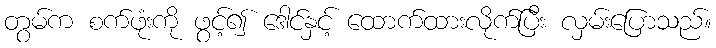
တွမ်က စက်ဖုံးကို ဖွင့်၍ ဒေါင်နှင့် ထောက်ထားလိုက်ပြီး လှမ်းပြောသည်။